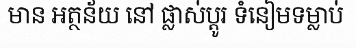
មាន អត្ថន័យ នៅ ផ្លាស់ប្តូរ ទំនៀមទម្លាប់